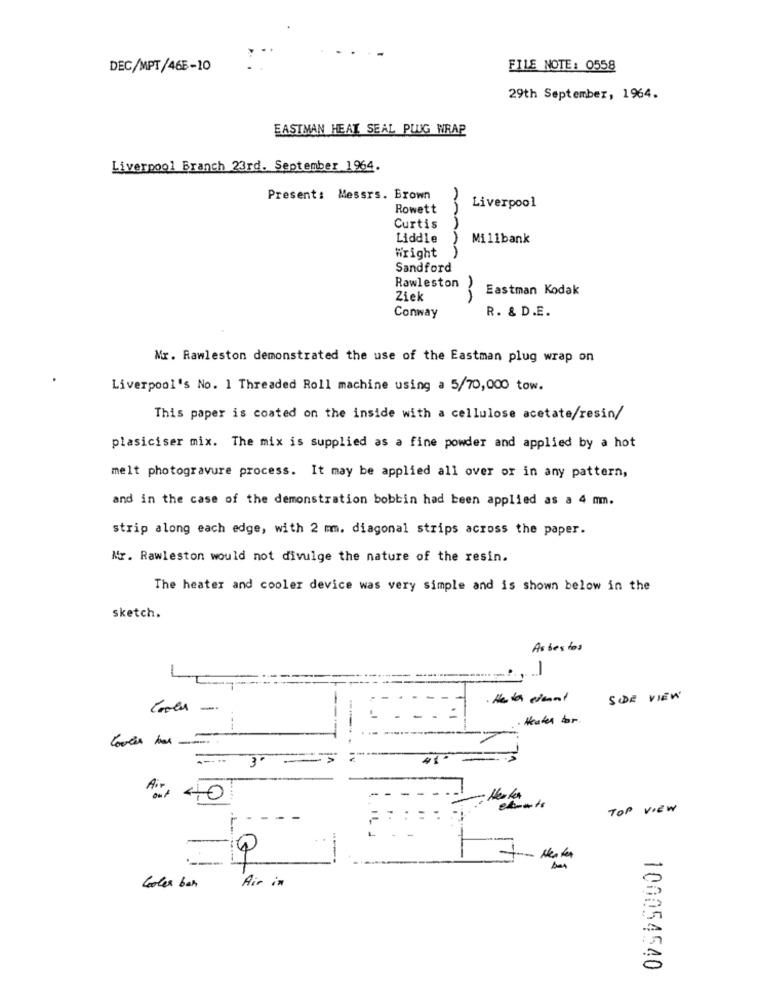
DEC/MPT/465-10
FILE NOTE: 0558
29th September, 1964.
EASTMAN HEAT SEAL PLUG WRAP
Liverpool Branch 23rd. September 1964.
Present: Messrs. Brown
Liverpool
Rowett
Curtis
Liddle
Milibank
Wright
Sandford
Rawleston
Eastman Kodak
Ziek
AA
Conway
R. & D.E.
Mr. Rawleston demonstrated the use of the Eastman plug wrap on
Liverpool's No. 1 Threaded Roll machine using a 5/70,000 tow.
This paper is coated on the inside with a cellulose acetate/resin/
plasiciser mix. The mix is supplied as a fine powder and applied by a hot
melt photogravure process. It may be applied all over or in any pattern,
and in the case of the demonstration bobbin had been applied as a 4 mm.
strip along each edge, with 2 mm. diagonal strips across the paper.
Mr. Rawleston would not divulge the nature of the resin.
The heater and cooler device was very simple and is shown below in the
sketch.
Asbestos
.1
SIDE VIEW
Heater for
--
3
:+ 440
TOP VIEW
Air in
Cooler bar
100054540